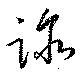
跡